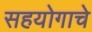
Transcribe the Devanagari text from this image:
सहयोगाचे